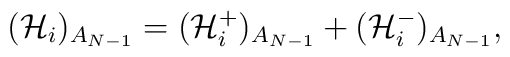
(\mathcal{H}_{i})_{A_{N-1}}=(\mathcal{H}_{i}^{+})_{A_{N-1}}+(\mathcal{H}_{i}^{-})_{A_{N-1}},